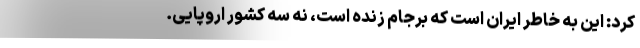
کرد: این به خاطر ایران است که برجام زنده است، نه سه کشور اروپایی.